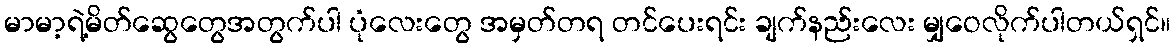
မာမာ့ရဲ့မိတ်ဆွေတွေအတွက်ပါ ပုံလေးတွေ အမှတ်တရ တင်ပေးရင်း ချက်နည်းလေး မျှဝေလိုက်ပါတယ်ရှင်။